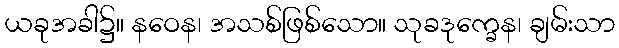
ယခုအခါ၌။ နဝေန၊ အသစ်ဖြစ်သော။ သုခဒုက္ခေန၊ ချမ်းသာ